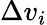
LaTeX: \Delta{}v_{i}